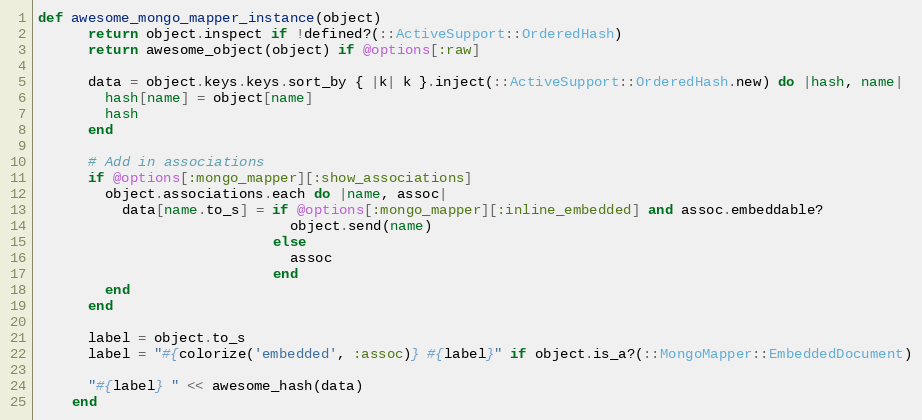
Language: Ruby
def awesome_mongo_mapper_instance(object)
      return object.inspect if !defined?(::ActiveSupport::OrderedHash)
      return awesome_object(object) if @options[:raw]

      data = object.keys.keys.sort_by { |k| k }.inject(::ActiveSupport::OrderedHash.new) do |hash, name|
        hash[name] = object[name]
        hash
      end

      # Add in associations
      if @options[:mongo_mapper][:show_associations]
        object.associations.each do |name, assoc|
          data[name.to_s] = if @options[:mongo_mapper][:inline_embedded] and assoc.embeddable?
                              object.send(name)
                            else
                              assoc
                            end
        end
      end

      label = object.to_s
      label = "#{colorize('embedded', :assoc)} #{label}" if object.is_a?(::MongoMapper::EmbeddedDocument)

      "#{label} " << awesome_hash(data)
    end